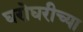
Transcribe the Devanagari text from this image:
घरोघरीच्या